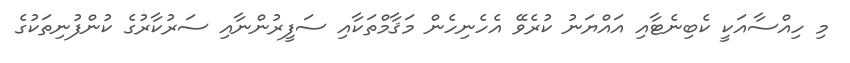
މި ހިއްސާއަކީ ކެބިނެޓާއި އައްޔަނު ކުރެވޭ އެހެނިހެން މަޤާމްތަކާއި ސަފީރުންނާއި ސަރުކާރުގެ ކުންފުނިތަކުގެ